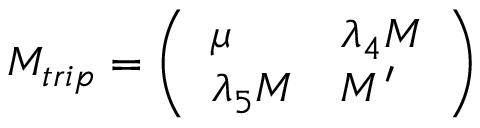
M _ { t r i p } = \left( \begin{array} { l l } { { \offinterlineskip { \mu } } } & { { \lambda _ { 4 } M } } \\ { { \lambda _ { 5 } M } } & { { { M ^ { \prime } } } } \end{array} \right)